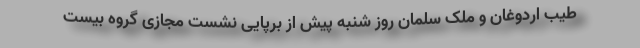
طیب اردوغان و ملک سلمان روز شنبه پیش از برپایی نشست مجازی گروه بیست